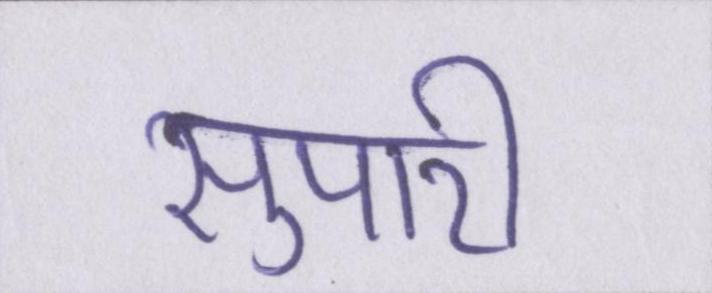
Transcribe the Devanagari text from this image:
सुपारी